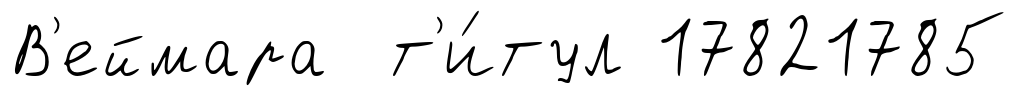
В'еймара т'и́тул 17821785